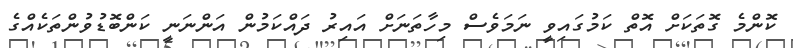
ކޮންމެ ގޮތަކަށް އޮތް ކަމުގައިވީ ނަމަވެސް މިހާތަނަށް އައިރު ދައްކަމުން އަންނަނީ ކަންބޮޑުވުންތަކެއްގެ